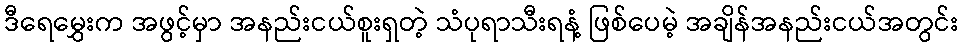
ဒီရေမွှေးက အဖွင့်မှာ အနည်းငယ်စူးရှတဲ့ သံပုရာသီးရနံ့ ဖြစ်ပေမဲ့ အချိန်အနည်းငယ်အတွင်း